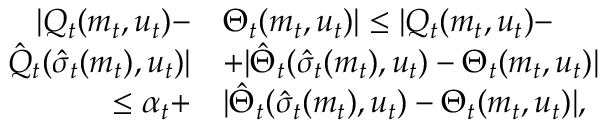
\begin{array} { r l } { | Q _ { t } ( m _ { t } , u _ { t } ) - } & { \Theta _ { t } ( m _ { t } , u _ { t } ) | \leq | Q _ { t } ( m _ { t } , u _ { t } ) - } \\ { \hat { Q } _ { t } ( \hat { \sigma } _ { t } ( m _ { t } ) , u _ { t } ) | } & { + | \hat { \Theta } _ { t } ( \hat { \sigma } _ { t } ( m _ { t } ) , u _ { t } ) - \Theta _ { t } ( m _ { t } , u _ { t } ) | } \\ { \leq \alpha _ { t } + } & { | \hat { \Theta } _ { t } ( \hat { \sigma } _ { t } ( m _ { t } ) , u _ { t } ) - \Theta _ { t } ( m _ { t } , u _ { t } ) | , } \end{array}